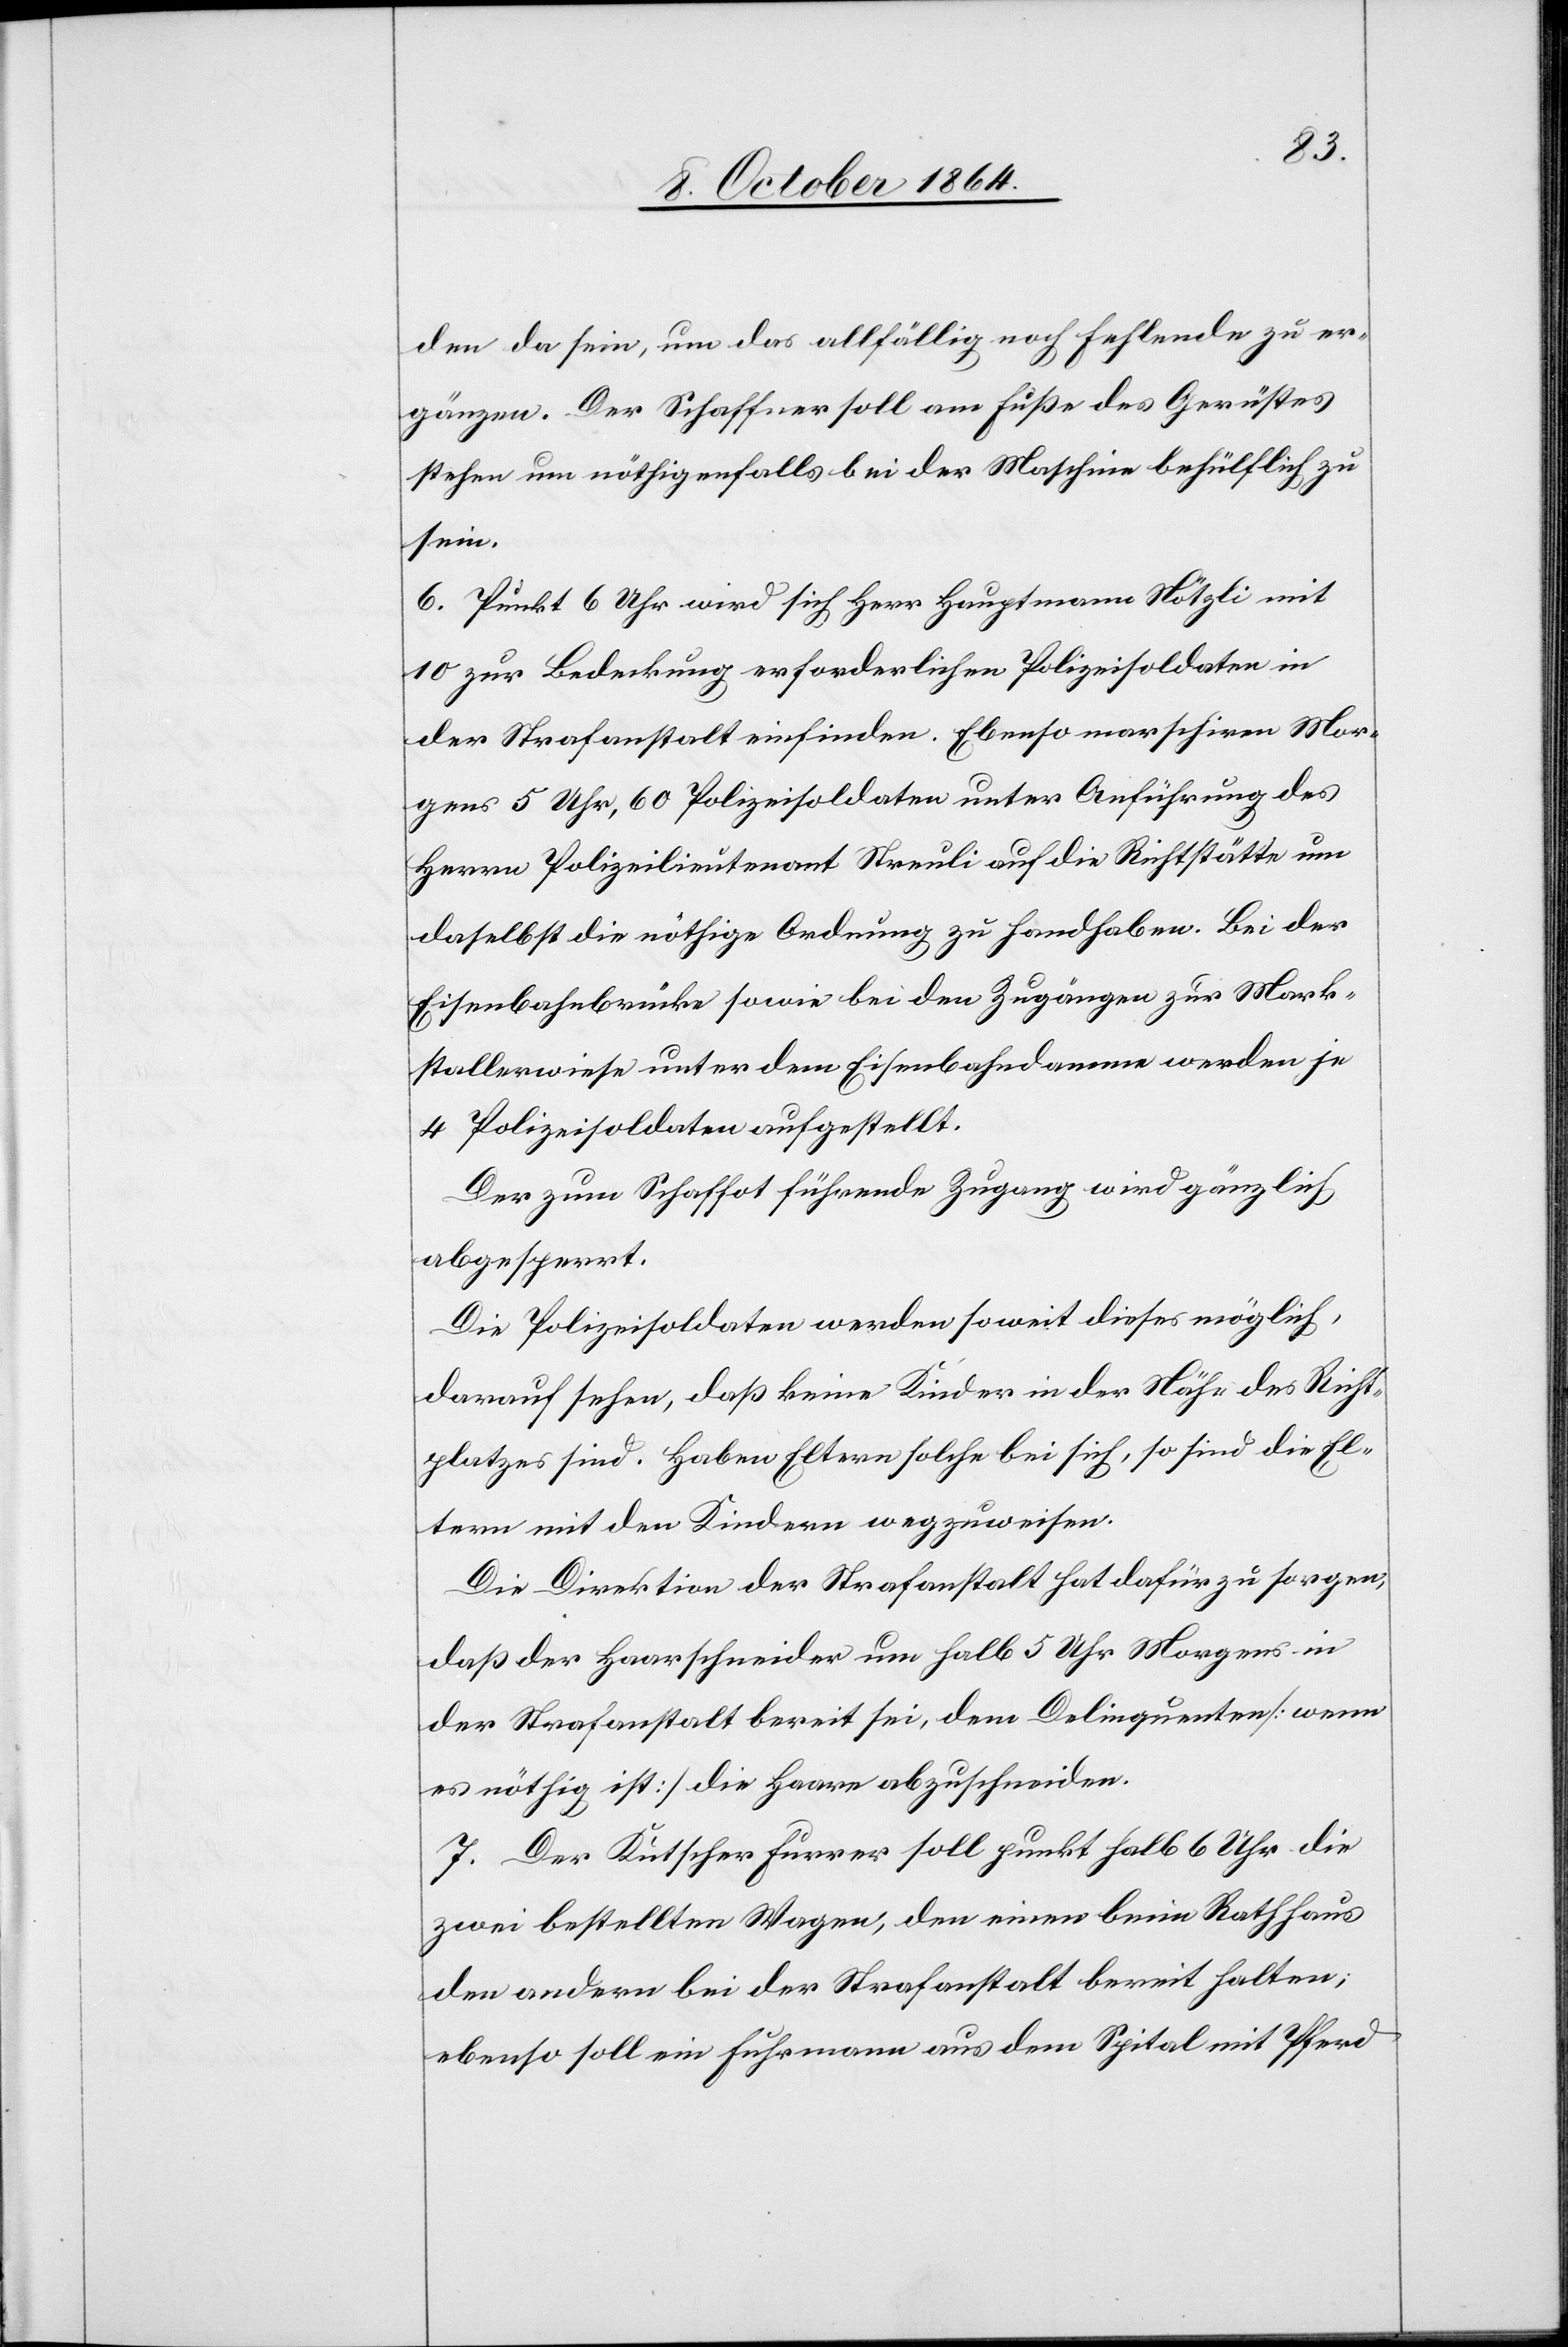
den da sei, um das allfällig noch fehlende zu er¬
gänzen. Der Schaffner soll am Fuße des Geräthes
stehen um nöthigenfalls bei der Maschine behülflich zu
sein.
6. Punkt 6 Uhr wird sich Herr Hauptmann Nötzli mit
10 zur Bedeckung erforderlichen Polizeisoldaten in
der Strafanstalt einfinden. Ebenso marschiren Mor¬
gens 5 Uhr, 60 Polizeisoldaten unter Anführung des
Herrn Polizeilieutenant Streuli auf die Richtstätte um
daselbst die nöthige Ordnung zu handhaben. Bei der
Eisenbahnbrücke sowie bei den Zugängen zur Mark¬
stallerwiese unter dem Eisenbahndamme werden je
4 Polizeisoldaten aufgestellt.
Der zum Schaffot führende Zugang wird gänzlich
abgesperrt.
Die Polizeisoldaten werden soweit dieses möglich,
darauf sehen, daß keine Kinder in der Nähe des Richt¬
platzes sind. Haben Eltern solche bei sich, so sind die El¬
tern mit den Kindern wegzuweisen.
Die Direktion der Strafanstalt hat dafür zu sorgen,
daß der Haarschneider um halb 5 Uhr Morgens in
der Strafanstalt bereit sei, dem Delinquenten [wenn
es nöthig ist] die Haare abzuschneiden.
7. Der Kutscher Furrer soll punkt halb 6 Uhr die
zwei bestellten Wagen, den einen beim Rothhaus
den andern bei der Strafanstalt bereit halten;
ebenso soll ein Fuhrmann aus dem Spital mit Pferd